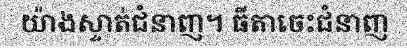
យ៉ាងស្ទាត់ជំនាញ។ ធីតាចេះជំនាញ